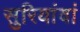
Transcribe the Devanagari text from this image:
सुरियांवां